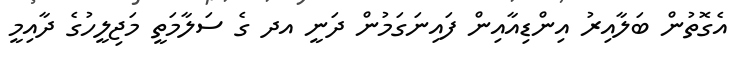
އެގޮތުން ބަލާއިރު އިންޑިއާއިން ފައިނަގަމުން ދަނީ އދ ގެ ސަލާމަތީ މަޖިލީހުގެ ދާއިމީ